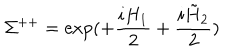
\Sigma ^ { + + } = \exp ( + \frac { i H _ { 1 } } { 2 } + \frac { i \tilde { H } _ { 2 } } { 2 } )